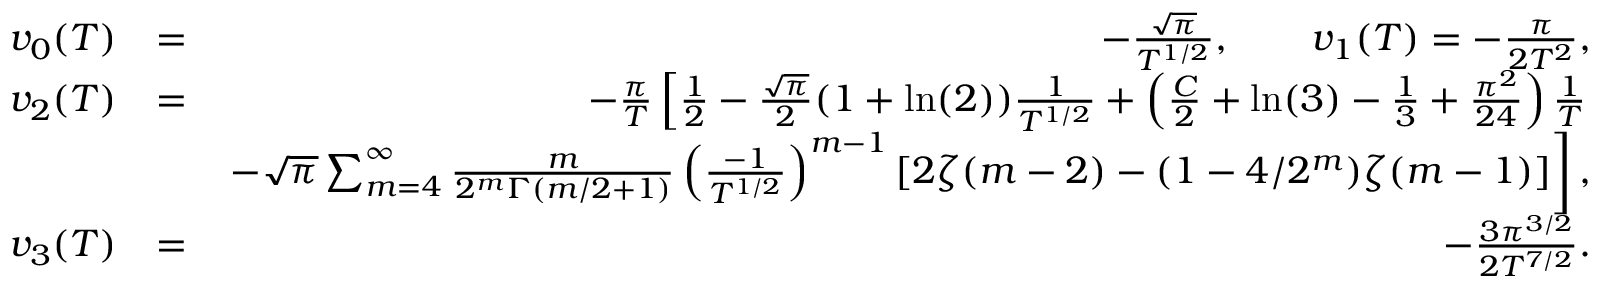
\begin{array} { r l r } { v _ { 0 } ( T ) } & { = } & { - \frac { \sqrt { \pi } } { T ^ { 1 / 2 } } , \qquad v _ { 1 } ( T ) = - \frac { \pi } { 2 T ^ { 2 } } , } \\ { v _ { 2 } ( T ) } & { = } & { - \frac { \pi } { T } \left[ \frac { 1 } { 2 } - \frac { \sqrt { \pi } } { 2 } ( 1 + \ln ( 2 ) ) \frac { 1 } { T ^ { 1 / 2 } } + \left( \frac { C } { 2 } + \ln ( 3 ) - \frac { 1 } { 3 } + \frac { \pi ^ { 2 } } { 2 4 } \right) \frac { 1 } { T } \right. } \\ & { } & { \left. - \sqrt { \pi } \sum _ { m = 4 } ^ { \infty } \frac { m } { 2 ^ { m } \Gamma ( m / 2 + 1 ) } \left( \frac { - 1 } { T ^ { 1 / 2 } } \right) ^ { m - 1 } [ 2 \zeta ( m - 2 ) - ( 1 - 4 / 2 ^ { m } ) \zeta ( m - 1 ) ] \right] , } \\ { v _ { 3 } ( T ) } & { = } & { - \frac { 3 \pi ^ { 3 / 2 } } { 2 T ^ { 7 / 2 } } . } \end{array}